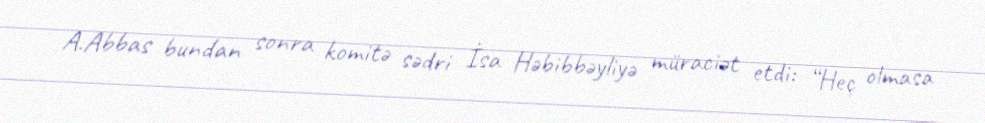
A.Abbas bundan sonra komitə sədri İsa Həbibbəyliyə müraciət etdi: “Heç olmasa